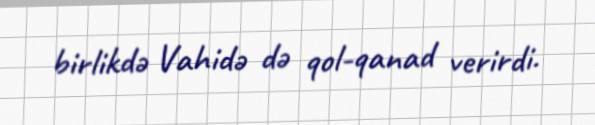
birlikdə Vahidə də qol-qanad verirdi.